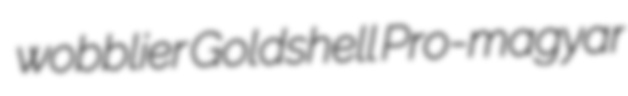
wobblier Goldshell Pro-magyar